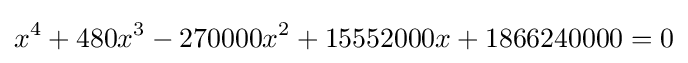
x^{4}+480x^{3}-270000x^{2}+15552000x+1866240000=0